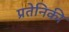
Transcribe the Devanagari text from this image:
प्रतेनिकी